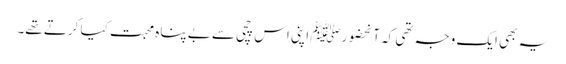
یہ بھی ایک وجہ تھی کہ آنحضورﷺ اپنی اس چچی سے بے پناہ محبت کیا کرتے تھے۔